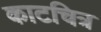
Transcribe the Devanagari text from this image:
काटचित्र